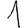
Digit: 1